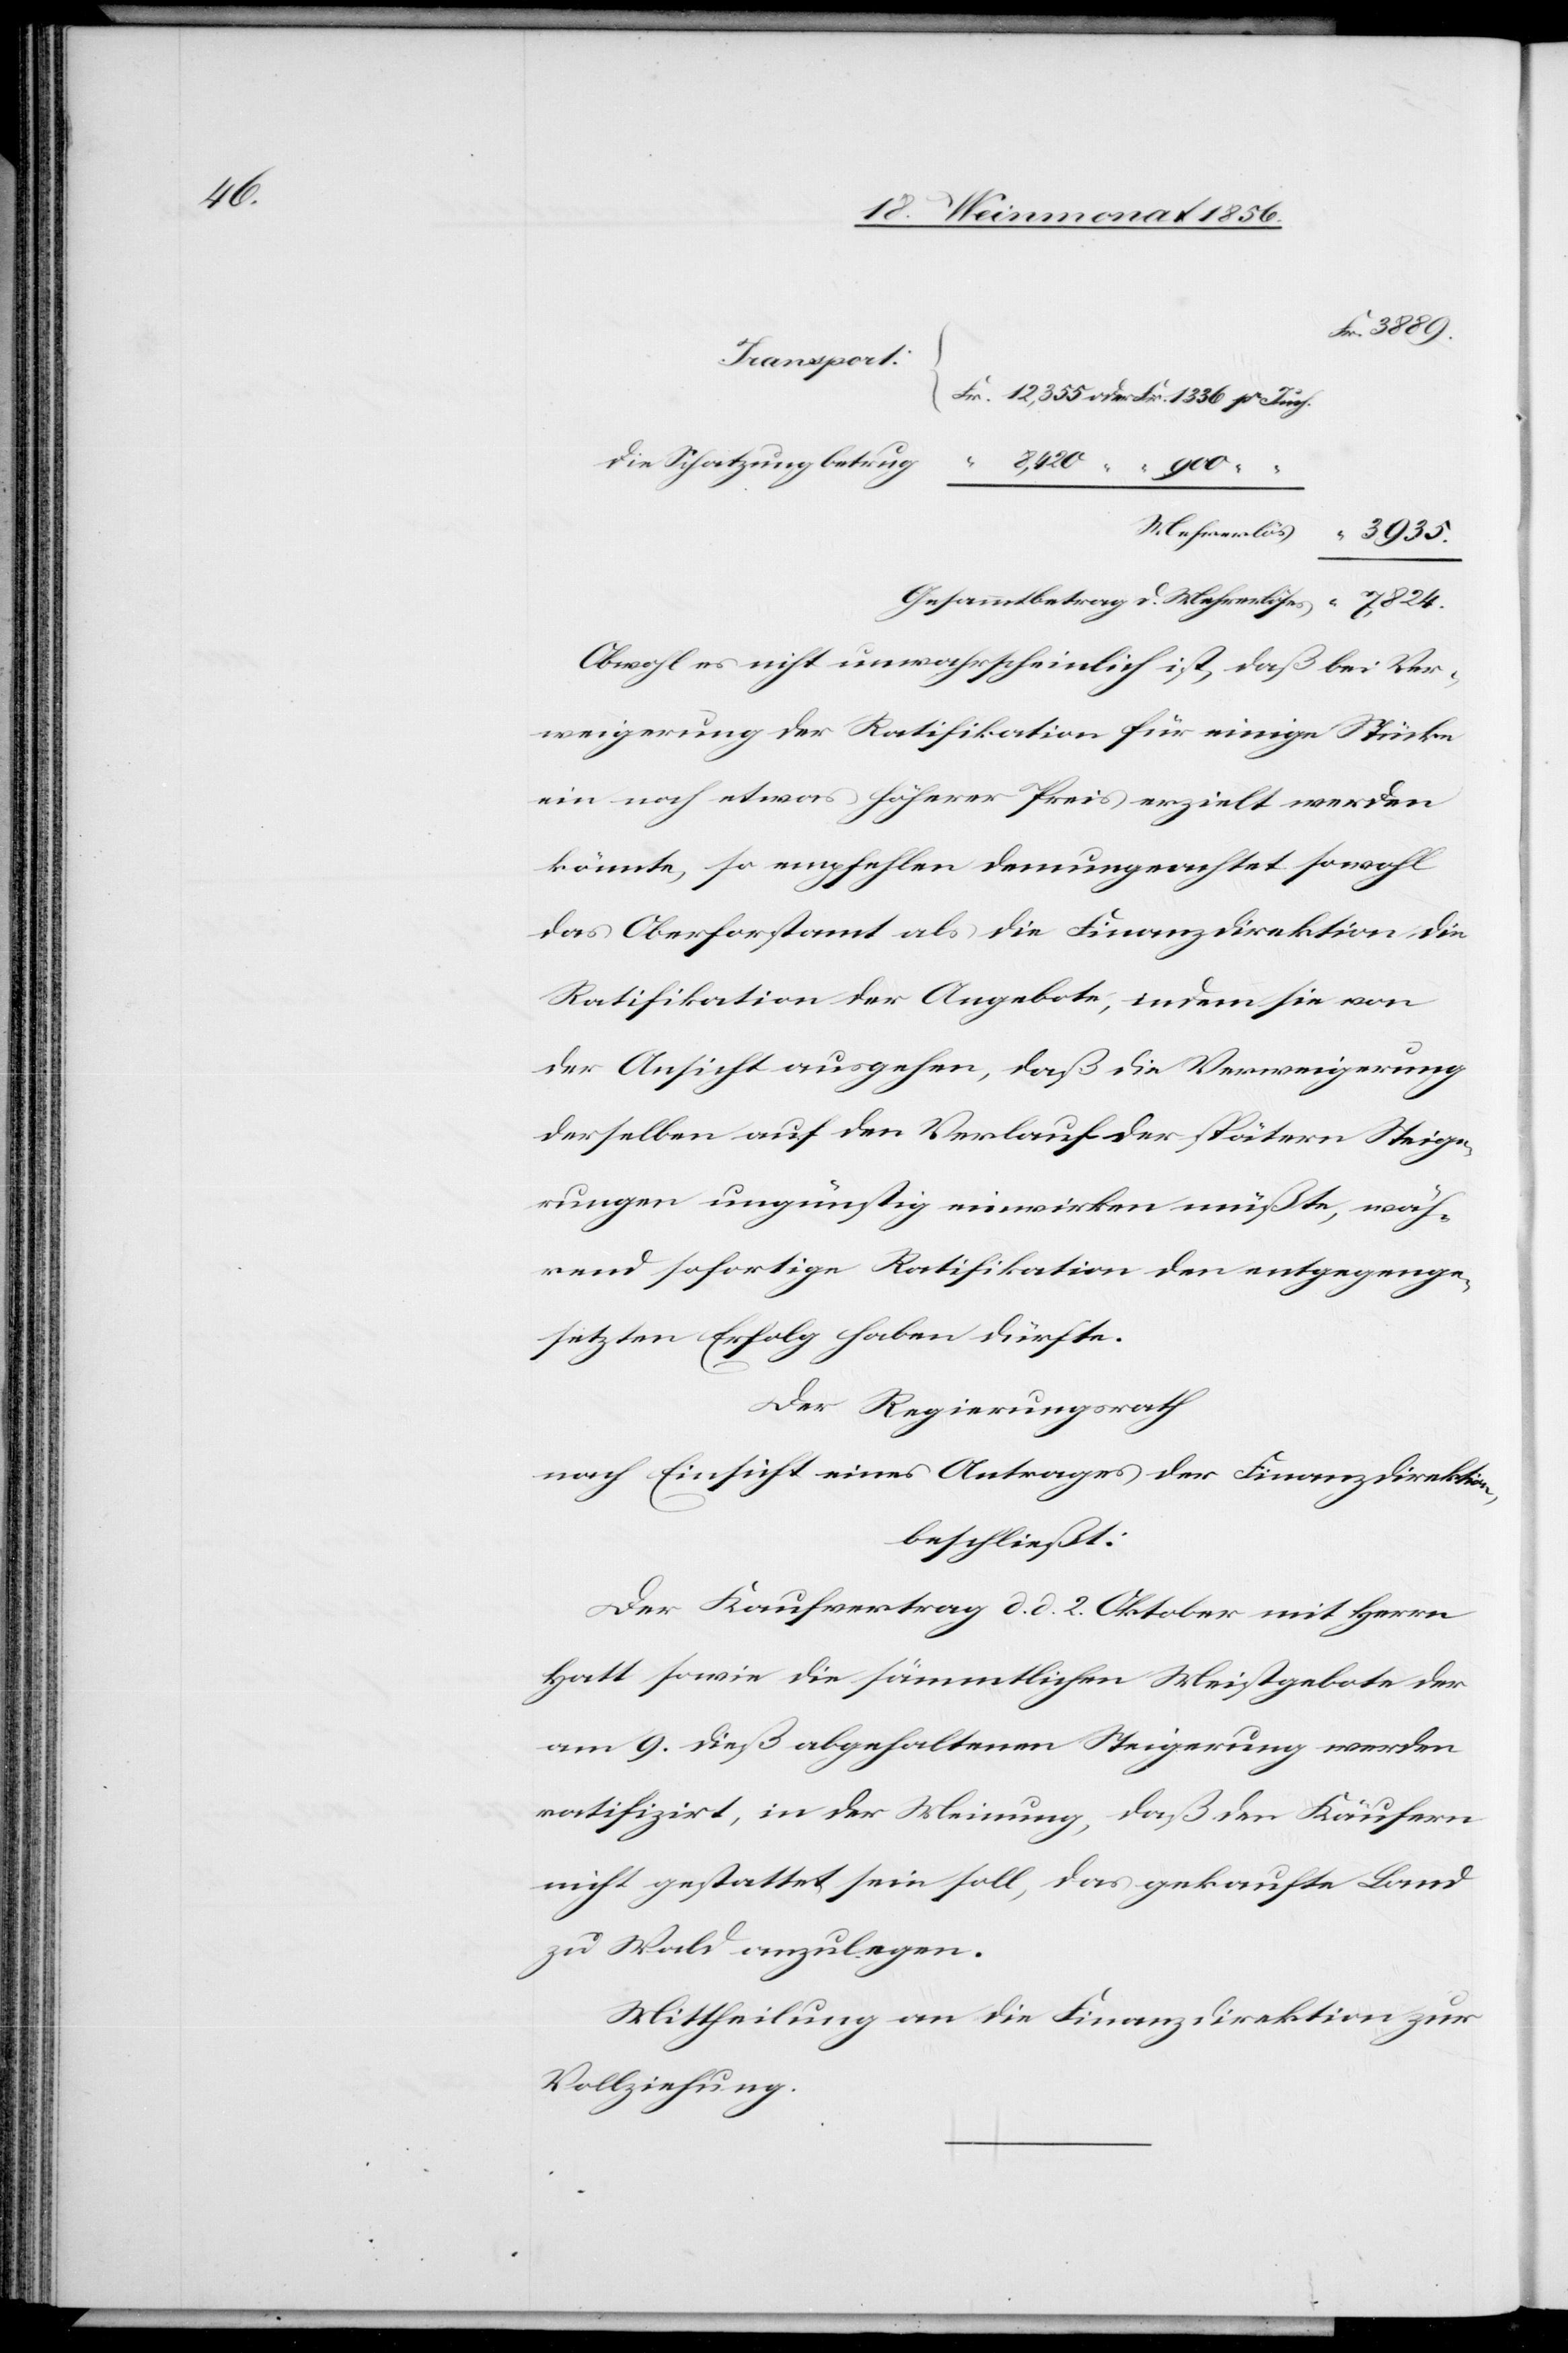
die Schatzung betrug 	 “
Mehrerlös
3935.
Gesammtbetrag d. Mehrerlöses “ 7,824.
Obwohl es nicht unwahrscheinlich ist, daß bei Ver¬
weigerung der Ratifikation für einige Stücke
ein noch etwas höherer Preis erzielt werden
könnte, so empfehlen demungeachtet sowohl
das Oberforstamt als die Finanzdirektion die
Ratifikation der Angebote, indem sie von
der Ansicht ausgehen, daß die Verweigerung
derselben auf den Verlauf der spätern Steige¬
rungen ungünstig einwirken müßte, wäh¬
rend sofortige Ratifikation den entgegenge¬
setzten Erfolg haben dürfte.
Der Regierungsrath
nach Einsicht eines Antrages der Finanzdirektion
beschließt:
Der Kaufvertrag d. d. 2. Oktober mit Herrn
Hatt sowie die sämmtlichen Meistgebote der
am 9. dieß abgehaltenen Steigerung werden
ratifizirt, in der Meinung, das den Käufern
nicht gestattet sein soll, das gekaufte Land
zu Wald anzulegen.
Mittheilung an die Finanzdirektion zur
Vollziehung.